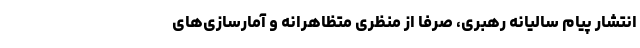
انتشار پیام سالیانه رهبری، صرفا از منظری متظاهرانه و آمارسازی‌های